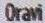
Oravi